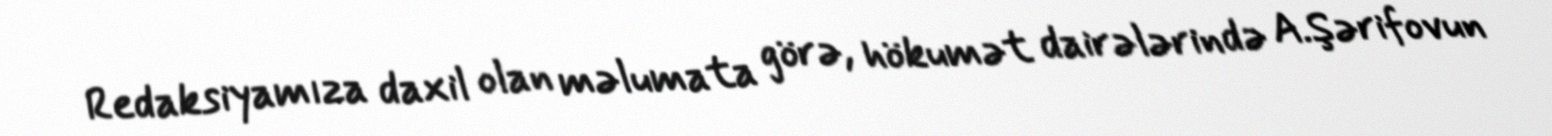
Redaksiyamıza daxil olan məlumata görə, hökumət dairələrində A.Şərifovun